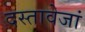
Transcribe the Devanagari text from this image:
दस्तावेजां